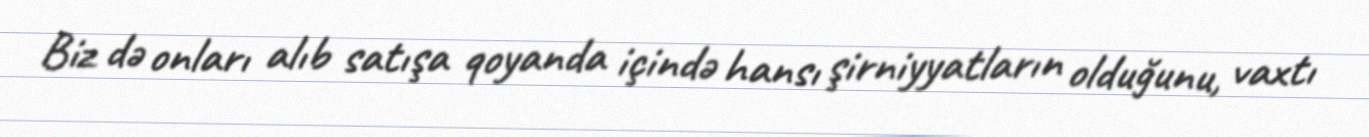
Biz də onları alıb satışa qoyanda içində hansı şirniyyatların olduğunu, vaxtı